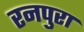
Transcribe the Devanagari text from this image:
रनपुरा